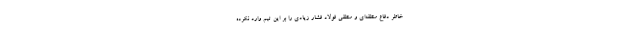
خاطر دفاع منطقه‌ای و منطقی فولاد فشار زیادی را بر این تیم وارد نکرده